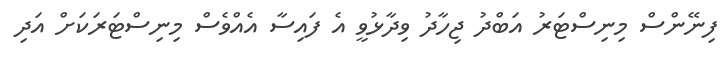
ފިނޭންސް މިނިސްޓަރު އަބްދު ޖިހާދު ވިދާޅުވީ އެ ފައިސާ އެއްވެސް މިނިސްޓަރަކަށް އަދި